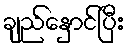
ချည်နှောင်ပြီး